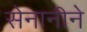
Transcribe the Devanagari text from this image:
सेनानीने